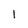
Character: 1